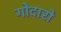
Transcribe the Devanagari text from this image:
गोदारो